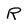
Character: R